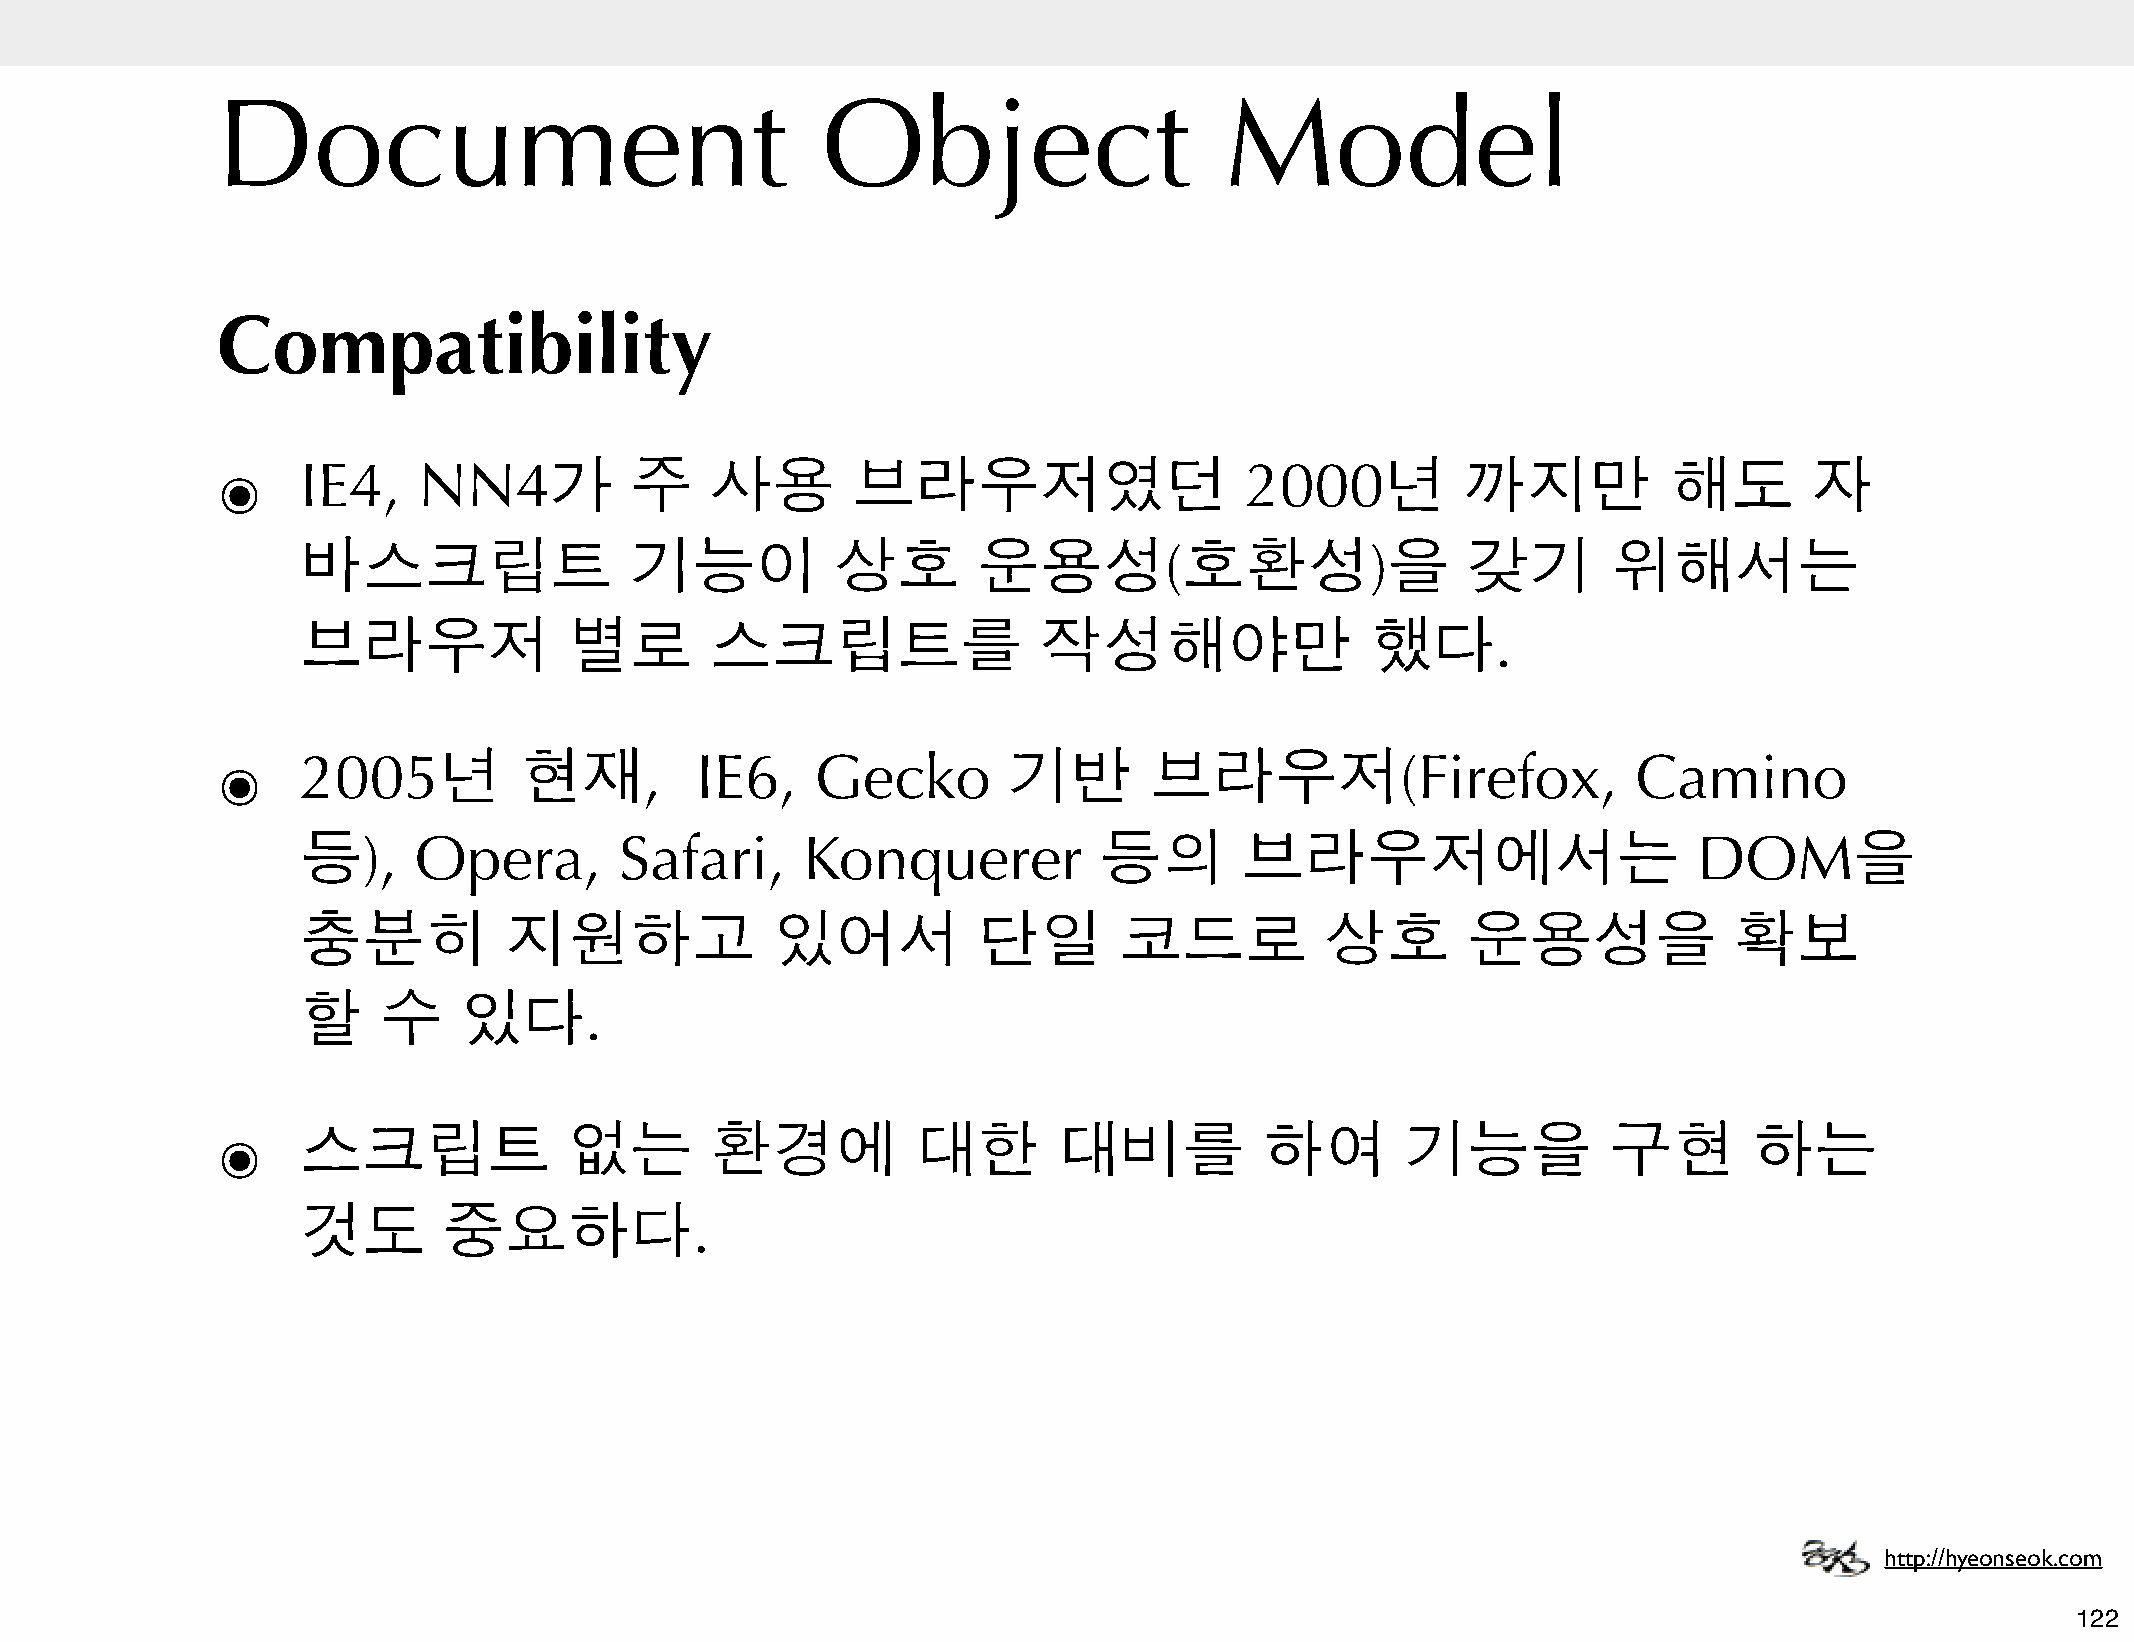
Document                                Object                     Model
 Compatibility
 ๏     IE4,    NN4가          주    사용       브라우저였던                    2000년          까지만          해도        자
 바스크립트                 기능이          상호        운용성(호환성)을                       갖기        위해서는
 브라우저              별로       스크립트를                 작성해야만                 했다.
 ๏     2005년         현재,         IE6,    Gecko        기반       브라우저(Firefox,                   Camino
 등),    Opera,        Safari,     Konquerer           등의       브라우저에서는                       DOM을
 충분히          지원하고              있어서           단일       코드로           상호       운용성을              확보
 할    수    있다.
 ๏     스크립트              없는       환경에           대한       대비를           하여       기능을           구현       하는
 것도       중요하다.
 http://hyeonseok.com
 122